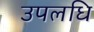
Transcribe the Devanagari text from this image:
उपलधि